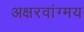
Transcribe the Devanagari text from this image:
अक्षरवांग्मय